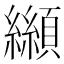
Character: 𩕛